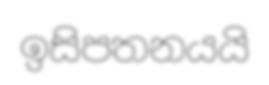
ඉසිපතනයයි